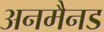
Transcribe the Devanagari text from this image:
अनमैनड